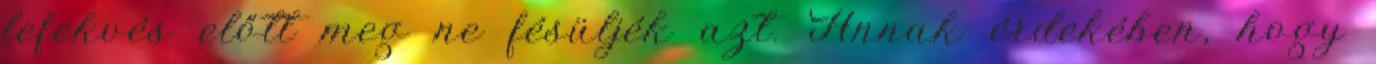
lefekvés előtt meg ne fésüljék azt. Annak érdekében, hogy